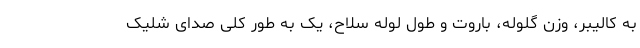
به کالیبر، وزن گلوله، باروت و طول لوله سلاح، یک به طور کلی صدای شلیک